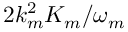
2 k _ { m } ^ { 2 } K _ { m } / \omega _ { m }